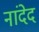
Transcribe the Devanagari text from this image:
नांदेद